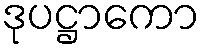
ဒုပဋ္ဌာကော